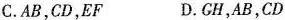
C.AB，CD，EF D.CH，AB，CD